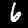
Label: 6